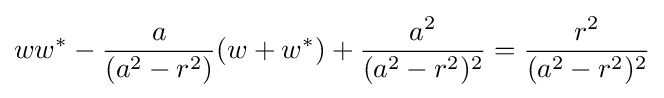
ww^{*}-{\frac {a}{(a^{2}-r^{2})}}(w+w^{*})+{\frac {a^{2}}{(a^{2}-r^{2})^{2}}}={\frac {r^{2}}{(a^{2}-r^{2})^{2}}}